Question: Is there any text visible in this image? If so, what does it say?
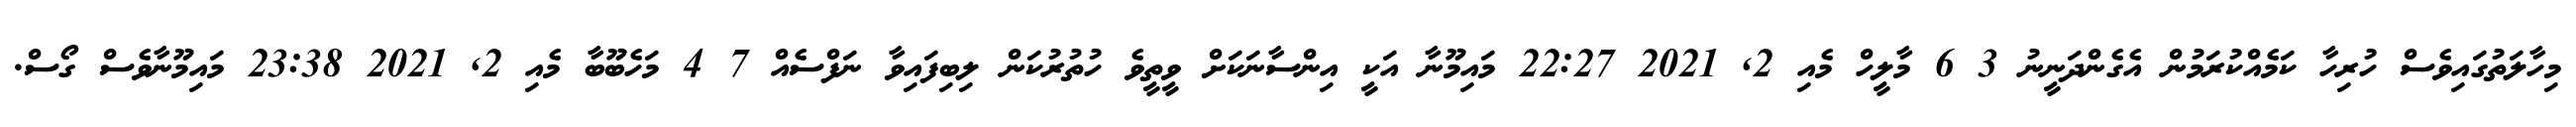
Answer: މިހާލަތުގައިވެސް ހުރިހާ ކަމެއްކުރަމުން އެގެންދަނީނު 3 6 މާލީހް މެއި 2, 2021 22:27 މައިމޫނާ އަކީ އިންސާނަކަށް ވީތީވެ ހުތުރުކަން ލިބިފައިވާ ނަފްސެއް 7 4 މަހެބޫބާ މެއި 2, 2021 23:38 މައިމޫނާވެސް ގޯސް.